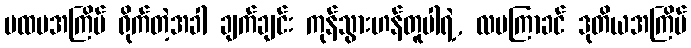
ပထမအကြိမ် ရိုက်တဲ့အခါ ချက်ချင်း ကုန်သွားဟန်တူပါရဲ့, လမကြာခင် ဒုတိယအကြိမ်